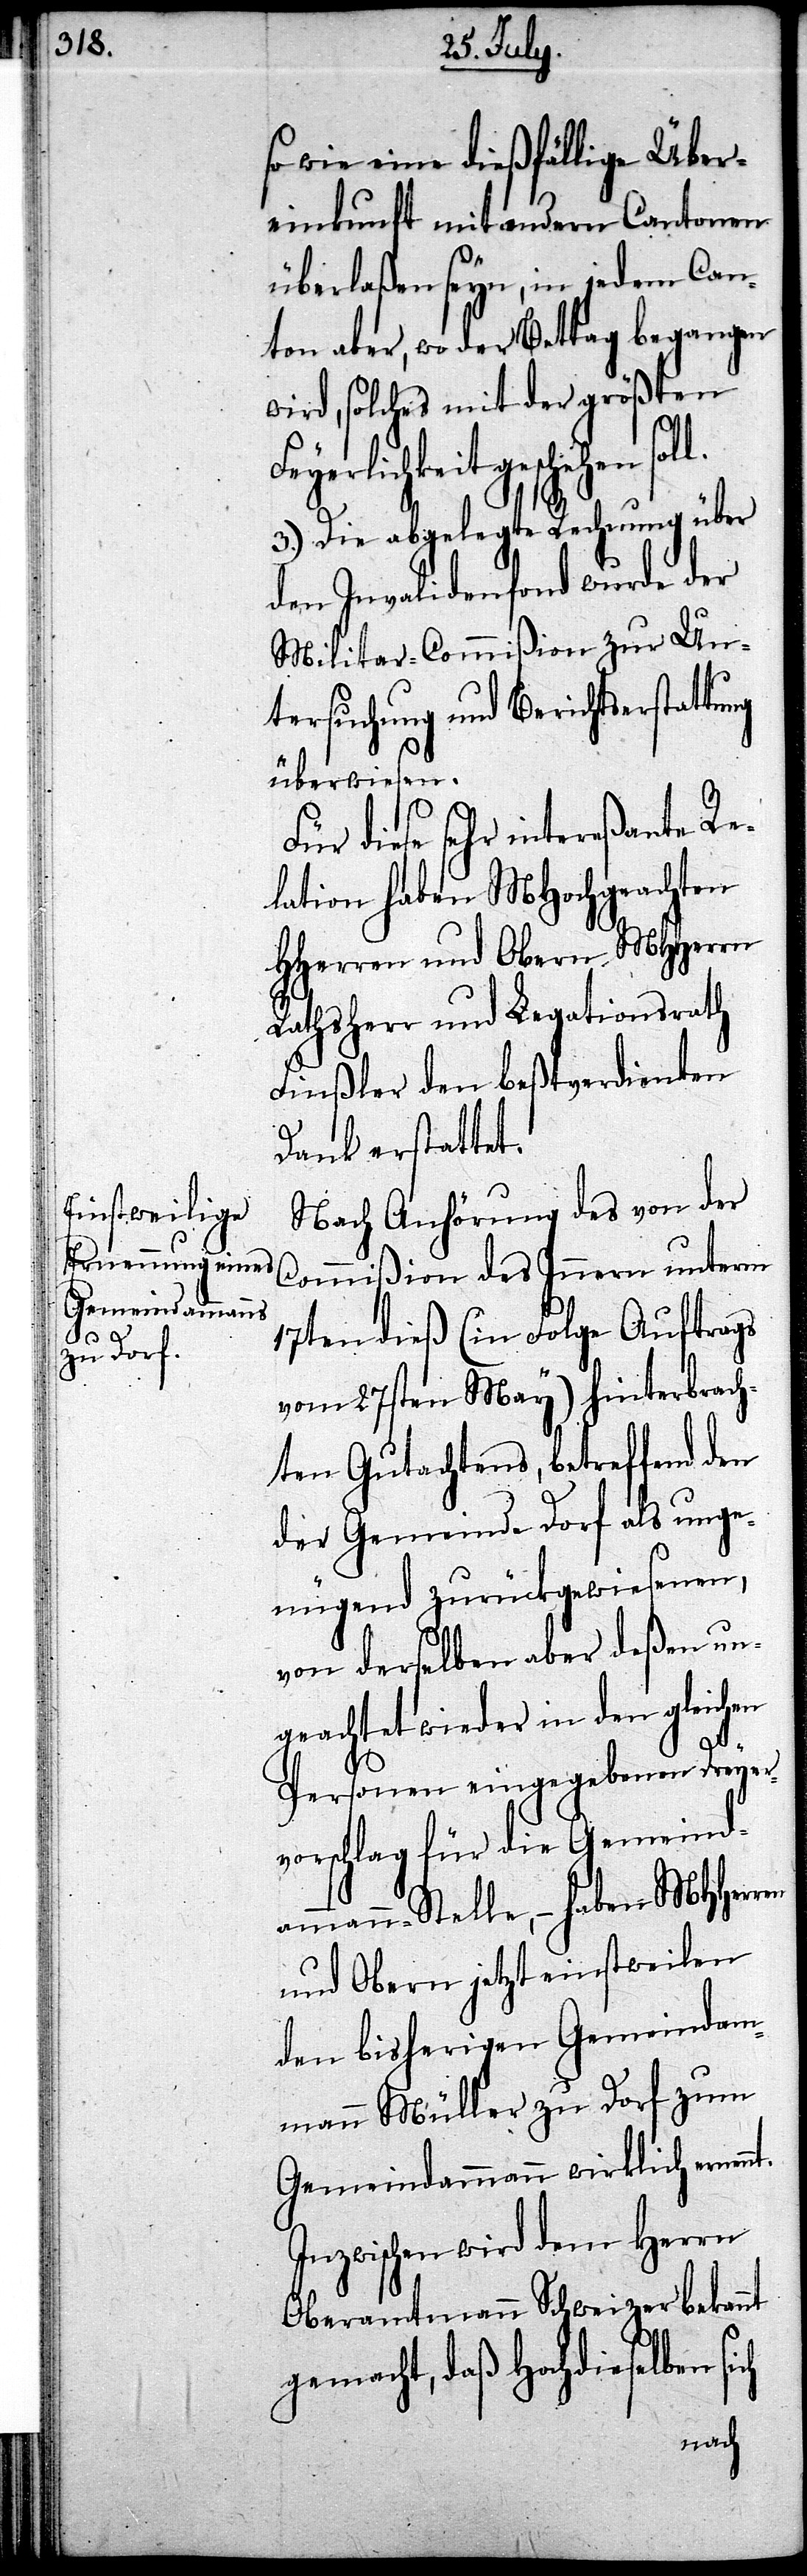
nt.

so wie eine dießfällige Über¬
einkunft mit andern Cantonen
überlaßen seyn, in jedem Can¬
ton aber, wo der Bettag begangen
wird, solches mit der größten
geschehen
3.) Die abgelegte Rechnung über
den Invalidenfond wurde der
Militar-Commißion zur Un¬
tersuchung und Berichtserstattu¬
überwiesen.
Für diese sehr intereßante Re¬
lation haben MHochgeachten
HHerren und Obern MHHerrn
Rathsherr und Legationsrath
Finßler den beßtverdienten
Dank erstattet.
Nach Anhörung des von der
Commißion des Innern unterm
17ten dieß (in Folge Auftrags
vom 27sten May) hinterbrach¬
ten Gutachtens, betreffend den
der Gemeinde Dorf als unge¬
nügend zurückgewiesenen,
von derselben aber deßen un¬
geachtet wieder in den gleichen
Personen eingegebenen Dreyer¬
vorschlag für die Gemeind¬
ammann-Stelle, – haben MHHerren
und Obern jetzt einstweilen
den bisherigen Gemeindam¬
mann Müller zu Dorf zum
Gemeindammann wirklich ernen¬
Inzwischen wird dem Herrn
Oberamtmann Schweizer bekannt
gemacht, daß Hochdieselben
ng